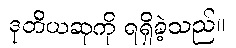
ဒုတိယဆုကို ရရှိခဲ့သည်။